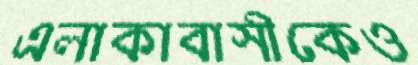
এলাকাবাসীকেও